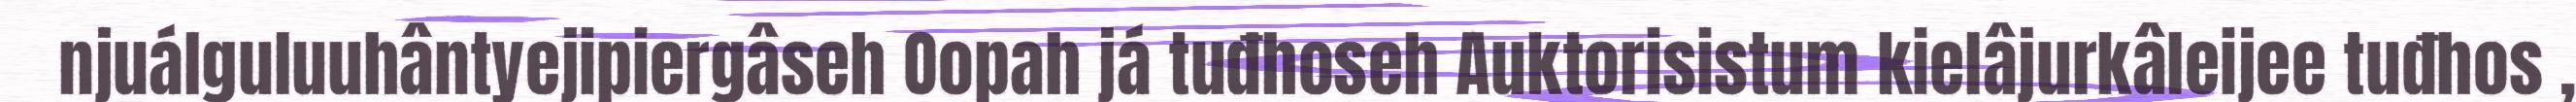
njuálguluuhântyejipiergâseh Oopah já tuđhoseh Auktorisistum kielâjurkâleijee tuđhos ,